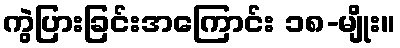
ကွဲပြားခြင်းအကြောင်း ၁၈-မျိုး။